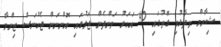
ޝިޔާމް ވިދާޅުވި ގޮތުގައި 40 އަހަރު ވަންދެން ޖަލުގައި އޮންނަން ޖެހުނަސް ޒިންމާ